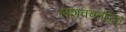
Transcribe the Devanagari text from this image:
लशक्वतद्धिते